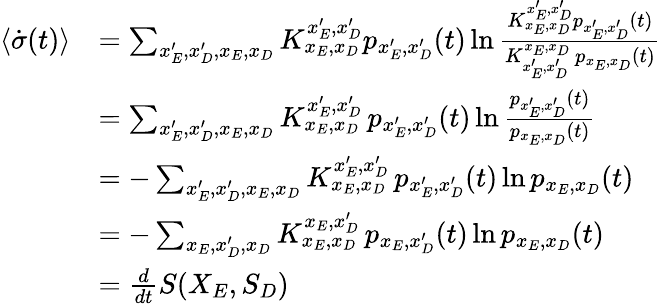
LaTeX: \begin{array}{rl}{\langle{\dot{\sigma}}(t)\rangle}&{=\sum_{x_{E}^{\prime},x_{D}^{\prime},x_{E},x_{D}}K_{x_{E},x_{D}}^{x_{E}^{\prime},x_{D}^{\prime}}p_{x_{E}^{\prime},x_{D}^{\prime}}(t)\ln\frac{K_{x_{E},x_{D}}^{x_{E}^{\prime},x_{D}^{\prime}}p_{x_{E}^{\prime},x_{D}^{\prime}}(t)}{K_{x_{E}^{\prime},x_{D}^{\prime}}^{x_{E},x_{D}}\, p_{x_{E},x_{D}}(t)}}\\ &{=\sum_{x_{E}^{\prime},x_{D}^{\prime},x_{E},x_{D}}K_{x_{E},x_{D}}^{x_{E}^{\prime},x_{D}^{\prime}}\, p_{x_{E}^{\prime},x_{D}^{\prime}}(t)\ln\frac{p_{x_{E}^{\prime},x_{D}^{\prime}}(t)}{p_{x_{E},x_{D}}(t)}}\\ &{=-\sum_{x_{E}^{\prime},x_{D}^{\prime},x_{E},x_{D}}K_{x_{E},x_{D}}^{x_{E}^{\prime},x_{D}^{\prime}}\, p_{x_{E}^{\prime},x_{D}^{\prime}}(t)\ln p_{x_{E},x_{D}}(t)}\\ &{=-\sum_{x_{E},x_{D}^{\prime},x_{D}}K_{x_{E},x_{D}}^{x_{E},x_{D}^{\prime}}\, p_{x_{E},x_{D}^{\prime}}(t)\ln p_{x_{E},x_{D}}(t)}\\ &{=\frac{d}{dt}S(X_{E},S_{D})}\end{array}